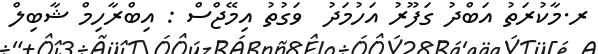
ރ.މާކުރަތު އަބްދު ގަފޫރު އަހުމަދު  ވަގުތު އިމޭޖްސް : އިބްރާހިމް ޝާބިލް